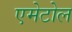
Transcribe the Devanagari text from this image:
एमेटोल